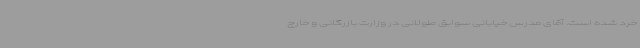
خرد شده است. آقای مدرس خیابانی سوابق طولانی در وزارت بازرگانی و خارج